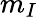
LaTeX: m_{I}